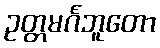
ဥတ္တမင်္ဂဘူတော